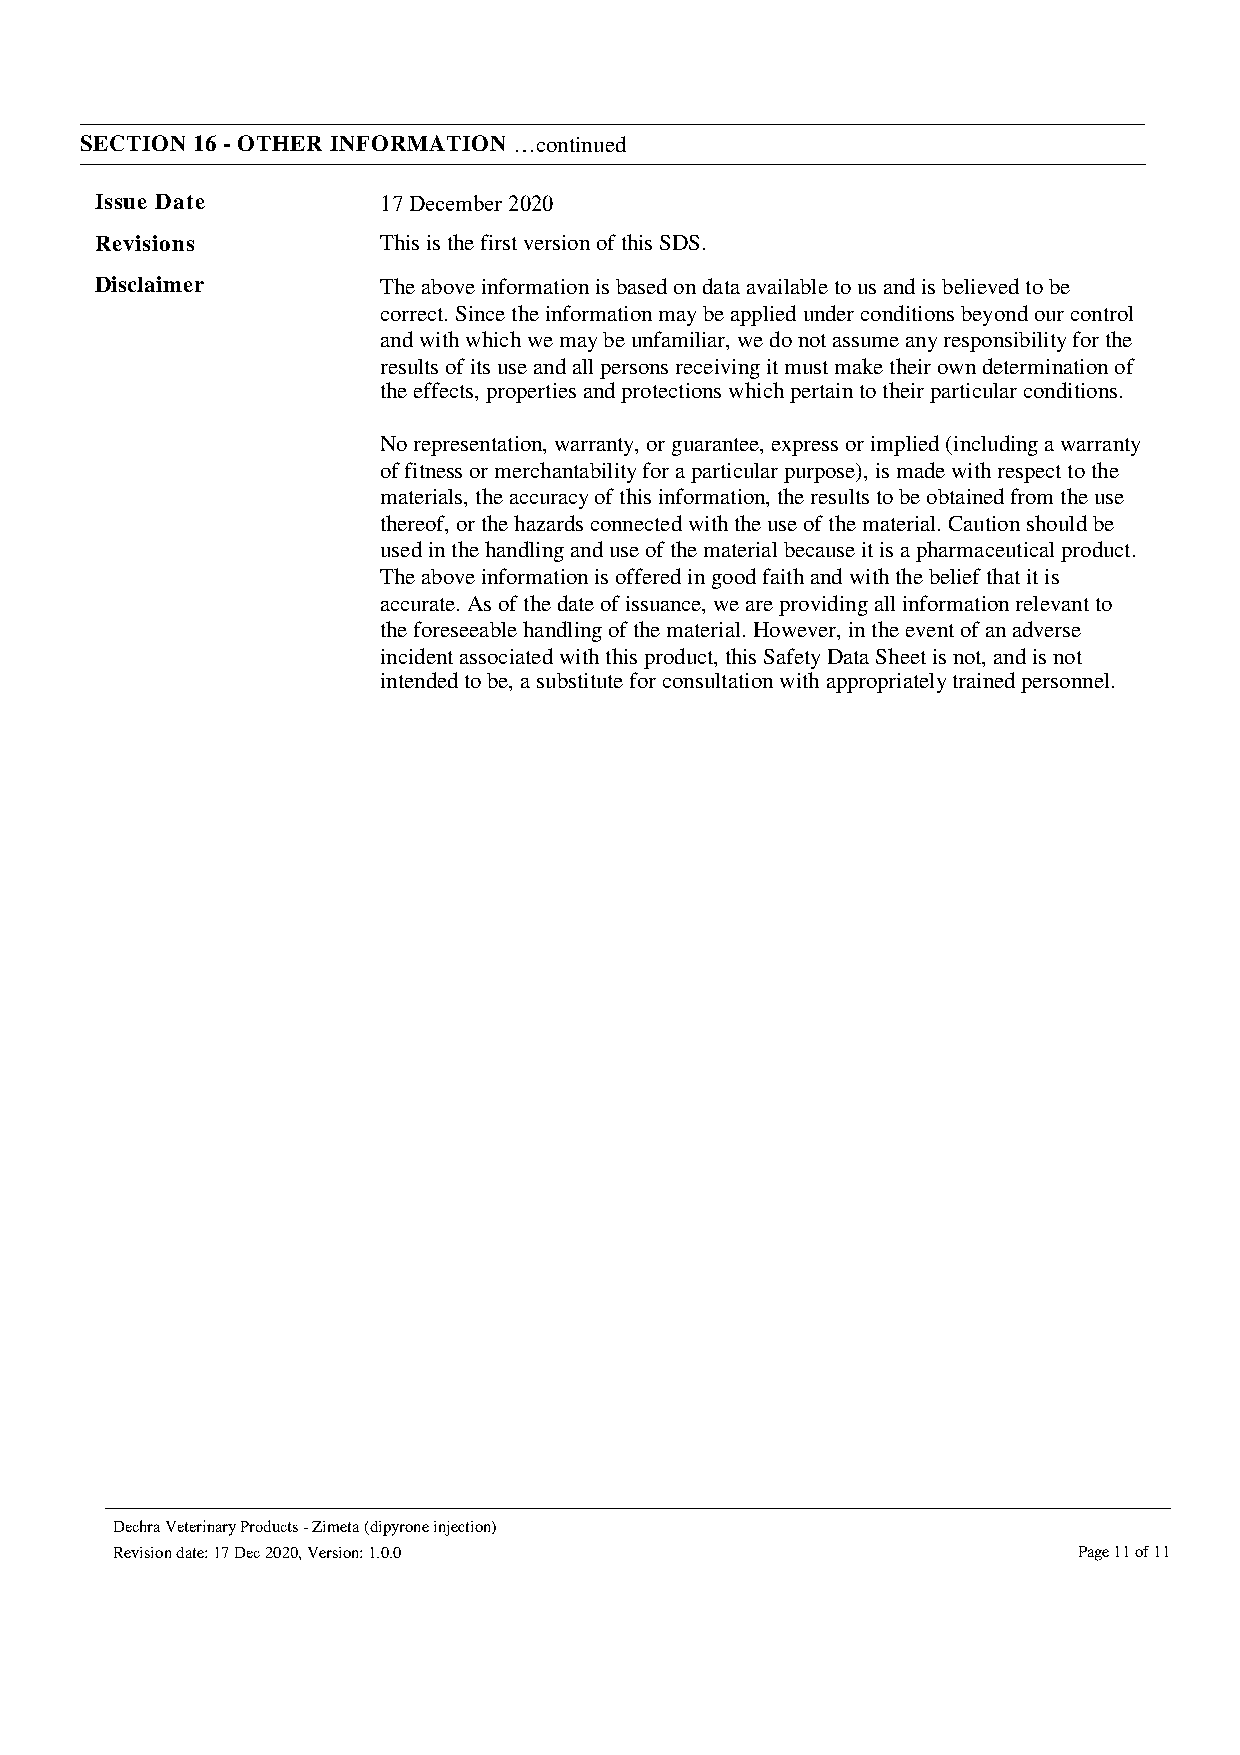
SECTION 16 - OTHER INFORMATION …continued
 Issue Date         17 December 2020
 Revisions          This is the first version of this SDS.
 Disclaimer         The above information is based on data available to us and is believed to be
 correct. Since the information may be applied under conditions beyond our control
 and with which we may be unfamiliar, we do not assume any responsibility for the
 results of its use and all persons receiving it must make their own determination of
 the effects, properties and protections which pertain to their particular conditions.
 No representation, warranty, or guarantee, express or implied (including a warranty
 of fitness or merchantability for a particular purpose), is made with respect to the
 materials, the accuracy of this information, the results to be obtained from the use
 thereof, or the hazards connected with the use of the material. Caution should be
 used in the handling and use of the material because it is a pharmaceutical product.
 The above information is offered in good faith and with the belief that it is
 accurate. As of the date of issuance, we are providing all information relevant to
 the foreseeable handling of the material. However, in the event of an adverse
 incident associated with this product, this Safety Data Sheet is not, and is not
 intended to be, a substitute for consultation with appropriately trained personnel.
 Dechra Veterinary Products - Zimeta (dipyrone injection)
 Revision date: 17 Dec 2020, Version: 1.0.0                      Page 11 of 11